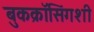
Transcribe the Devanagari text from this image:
बुकक्रॉसिंगशी